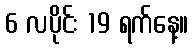
6 လပိုင်း 19 ရက်နေ့။